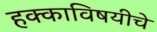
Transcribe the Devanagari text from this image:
हक्काविषयीचे